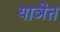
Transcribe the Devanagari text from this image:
याञेत